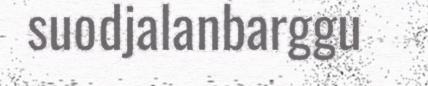
suodjalanbarggu